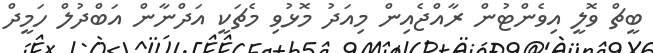
ބީޗް ވޮލީ އިވެންޓުން ރާއްޖެއިން މިއަދު މޮޅުވި މެޗަކީ އަދްނާން އަބްދުލް ހަމީދް